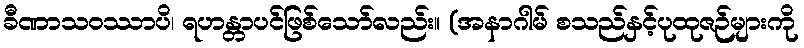
ခီဏာသဝဿာပိ၊ ရဟန္တာပင်ဖြစ်သော်လည်း။ (အနာဂါမ် စသည်နှင့်ပုထုဇဉ်များကို